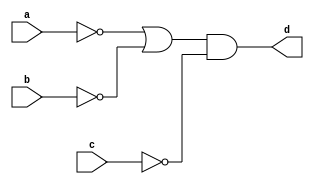
`timescale 1ns / 1ps


module BF_1_A(
    input a, b, c,
    output d
    );
    assign d = (~a | ~b) & ~c;
    
endmodule